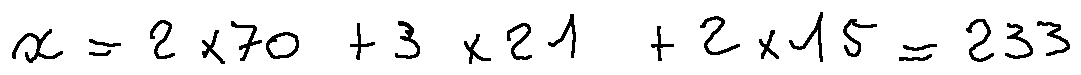
x = 2 \times 7 0 + 3 \times 2 1 + 2 \times 1 5 = 2 3 3